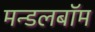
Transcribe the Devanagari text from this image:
मन्डलबॉम